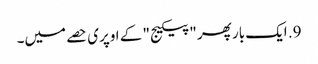
9. ایک بار پھر "پیکیج" کے اوپری حصے میں۔